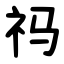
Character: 祃